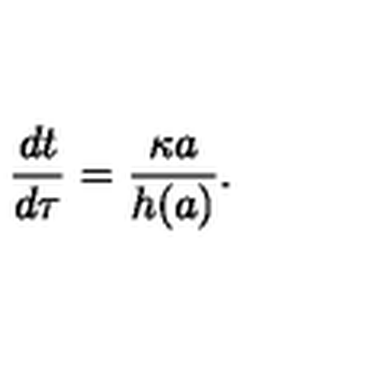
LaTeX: { \frac { d t } { d \tau } } = { \frac { \kappa a } { h ( a ) } } .